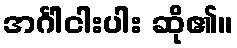
အင်္ဂါငါးပါး ဆို၏။